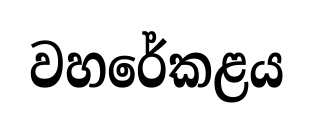
වහරේකළය